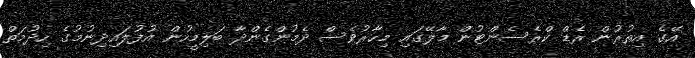
އޭގެ އިތުރުން ރެޑް ކްރެސެންޓުން މާލޭގައި މިހާރުވެސް ދެމުންގެންދާ ބަލިމީހުން އުފުލައިދިނުމުގެ ހިދުމަތް